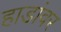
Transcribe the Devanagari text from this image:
हाडांवर